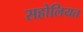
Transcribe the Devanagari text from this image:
सहोलियत